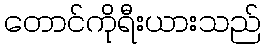
တောင်ကိုရီးယားသည်